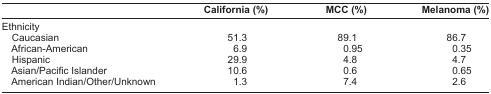
<table><thead><tr><td></td><td><b>California (%)</b></td><td><b>MCC (%)</b></td><td><b>Melanoma (%)</b></td></tr></thead><tbody><tr><td colspan="4">Ethnicity</td></tr><tr><td> Caucasian</td><td>51.3</td><td>89.1</td><td>86.7</td></tr><tr><td> African-American</td><td>6.9</td><td>0.95</td><td>0.35</td></tr><tr><td> Hispanic</td><td>29.9</td><td>4.8</td><td>4.7</td></tr><tr><td> Asian/Pacific Islander</td><td>10.6</td><td>0.6</td><td>0.65</td></tr><tr><td> American Indian/Other/Unknown</td><td>1.3</td><td>7.4</td><td>2.6</td></tr></tbody></table>